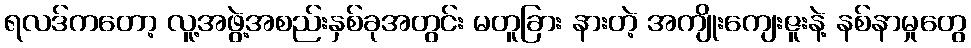
ရလဒ်ကတော့ လူ့အဖွဲ့အစည်းနှစ်ခုအတွင်း မတူခြား နားတဲ့ အကျိုးကျေးဇူးနဲ့ နစ်နာမှုတွေ